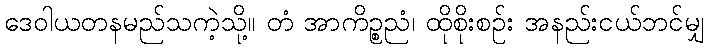
ဒေဝါယတနမည်သကဲ့သို့။ တံ အာကိဉ္စညံ၊ ထိုစိုးစဉ်း အနည်းငယ်ဘင်မျှ